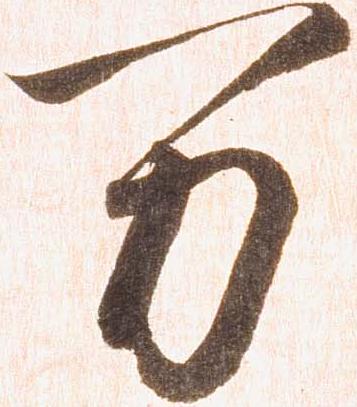
万